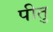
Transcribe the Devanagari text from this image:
पीतु